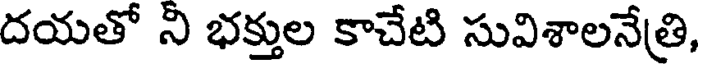
దయతో ని భక్తుల కాచేటి సువిశాలనేత్రి,